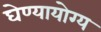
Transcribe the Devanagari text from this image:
घेण्यायोग्य